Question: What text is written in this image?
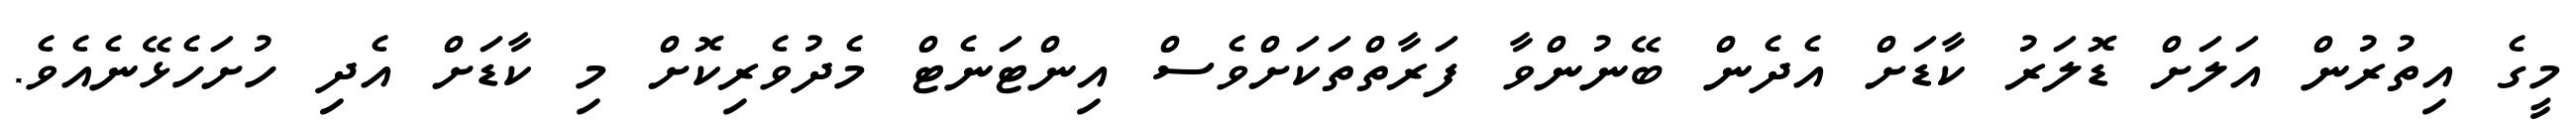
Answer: މީގެ އިތުރުން އަލަށް ޑޮލަރު ކާޑަށް އެދެން ބޭނުންވާ ފަރާތްތަކަށްވެސް އިންޓަނެޓް މެދުވެރިކޮށް މި ކާޑަށް އެދި ހުށަހެޅޭނެއެވެ.